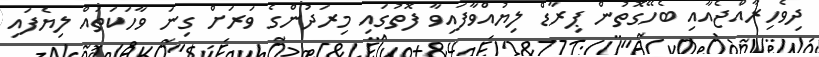
ދިވެހިރާއްޖެއާއި ބެހޭގޮތުން ޕިރާޑް ލިޔުއްވާފައިވާ ފޮތުގައި މިރަދުންގެ ވަރަށް ގިނަ ވާހަކަތައް ލިޔެފައި